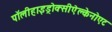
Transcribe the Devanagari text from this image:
पॉलीहाइड्रोक्सीऐल्केनोएट